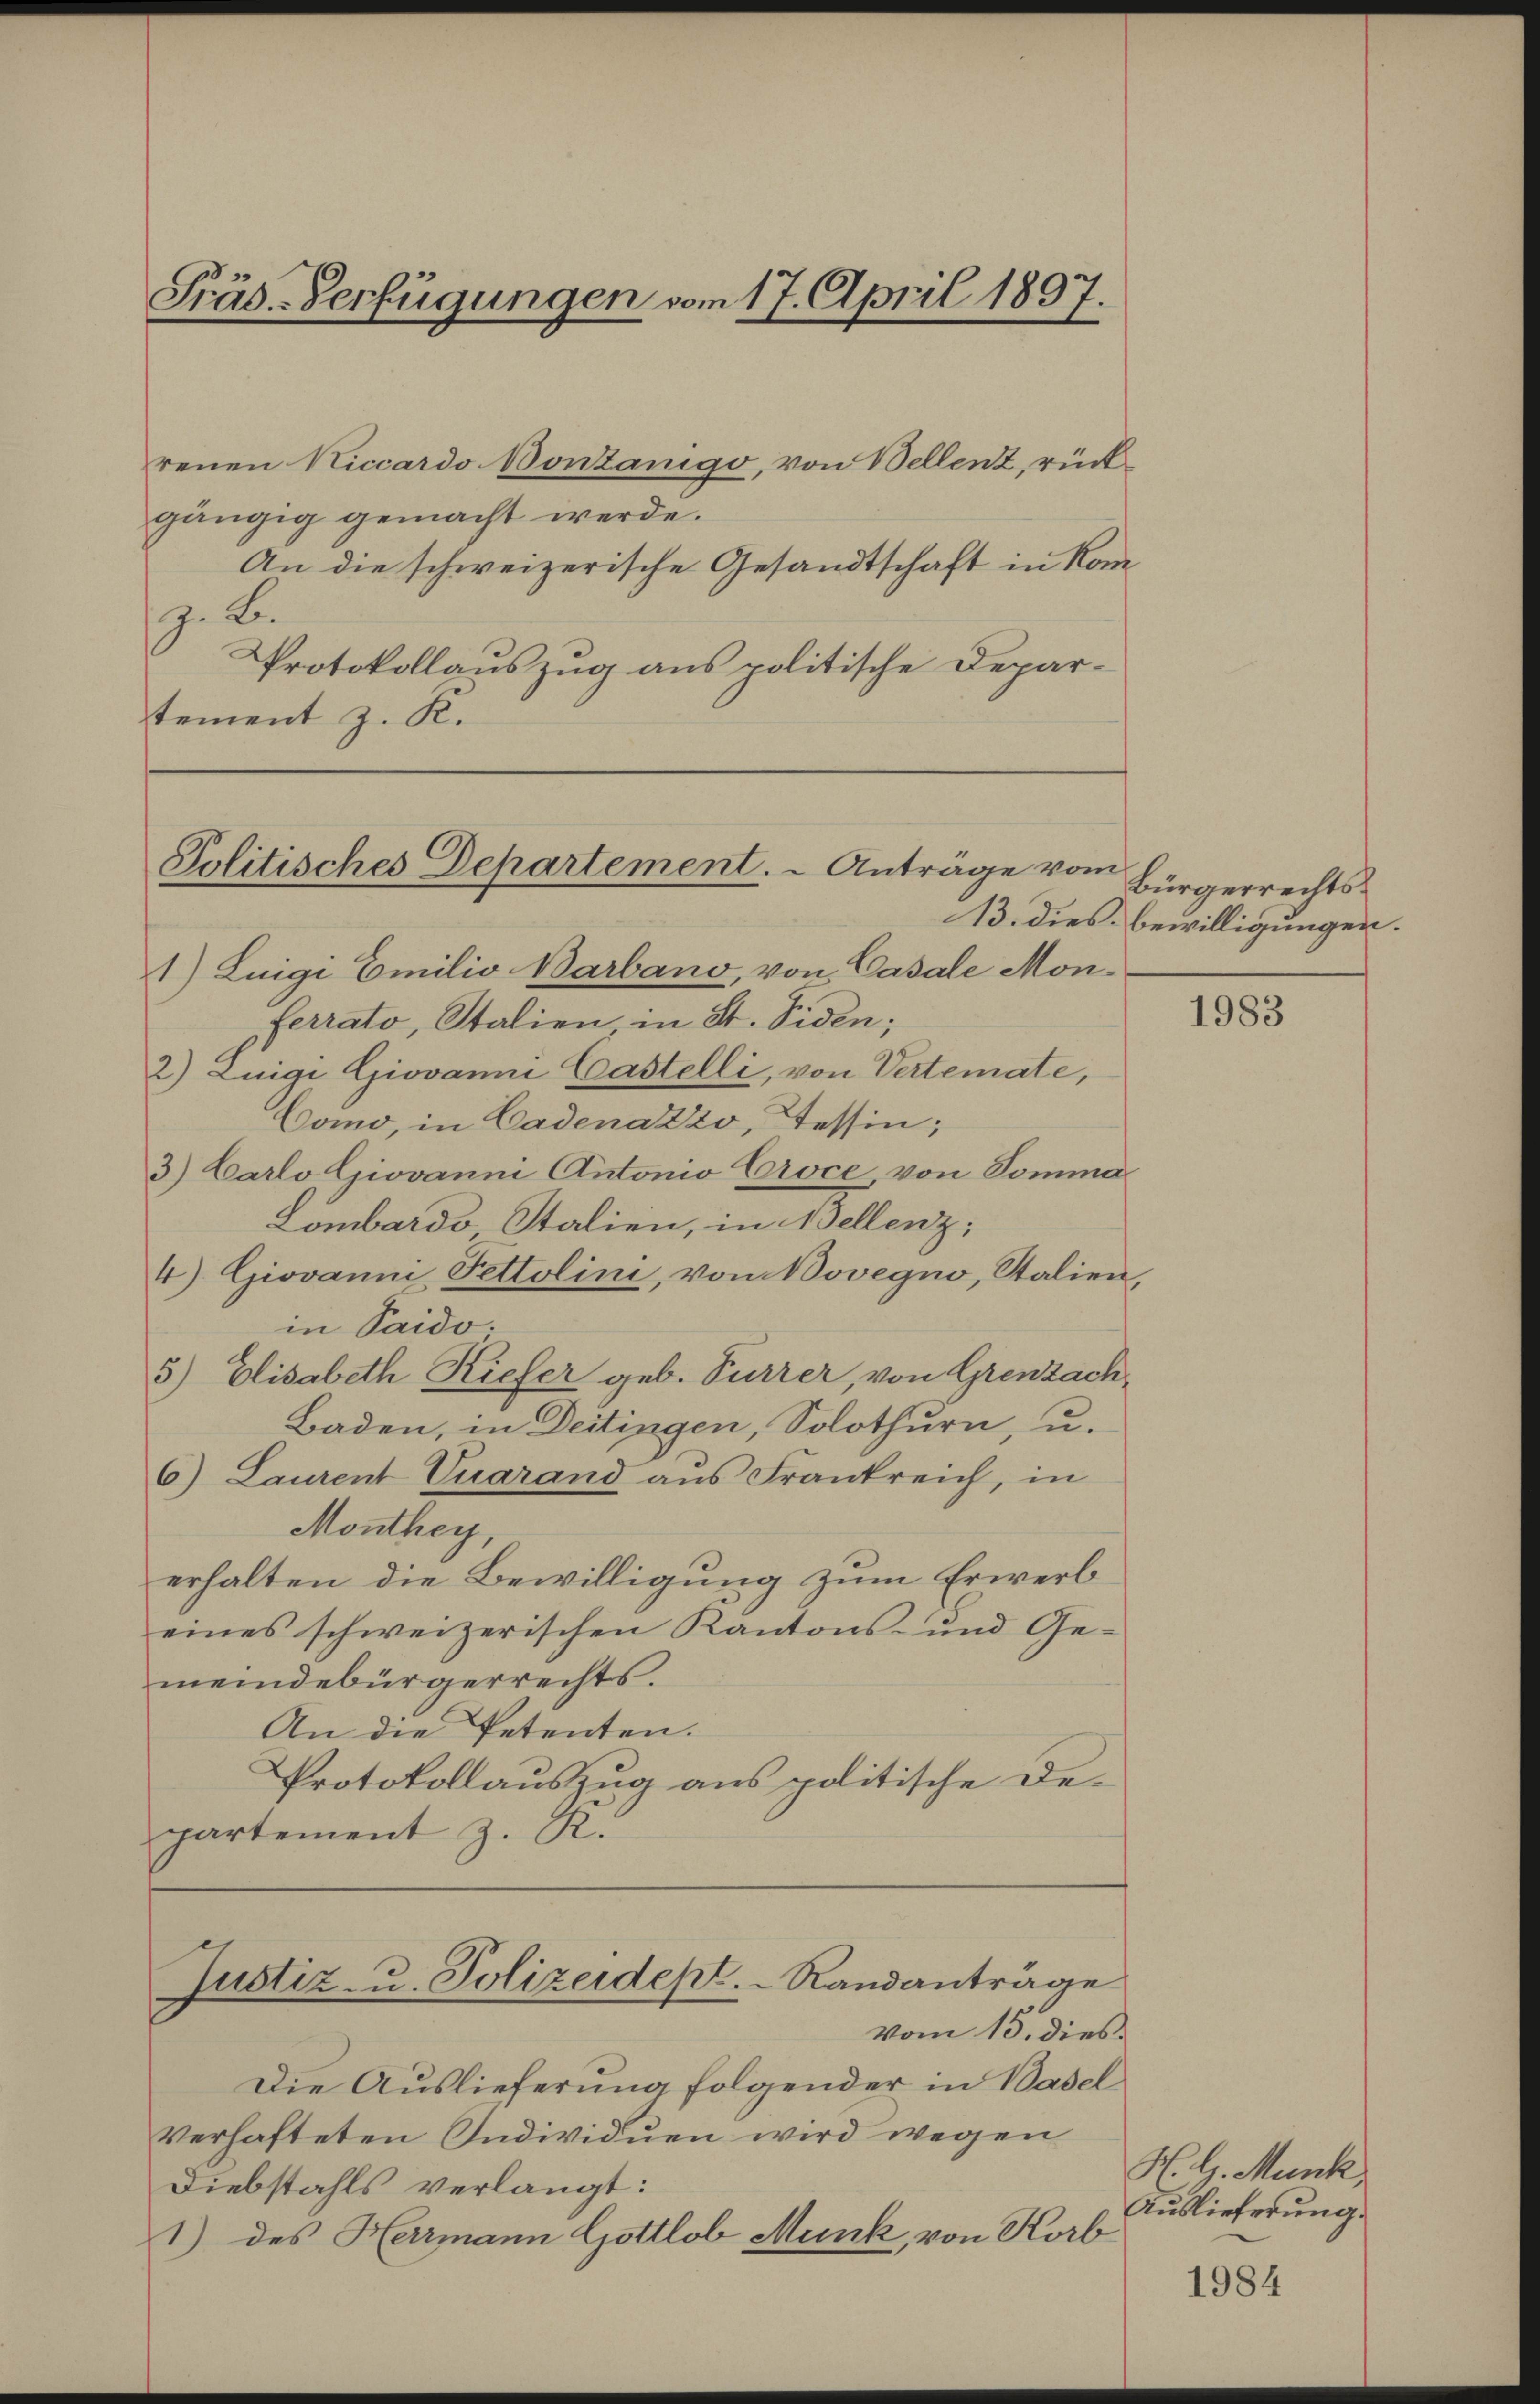
Präs.-Verfügungen vom 17. April 1897.

renen Niccardo Bontanigo, von Bellenz, rückgängig gemacht werde.
An die schweizerische Gesandtschaft in Kom
z. B.
Protokollauszug aus politische Depar-
tement z. K.

Politisches Departement. - Anträge vom

1) Luigi Emilio Barbano, von Casale Monferrato, Stalien in St. Siden;
2) Luigi Giovanne Castelli, von Vertemate,
Como, in Cadenazzo, Tessin;
3.) Carlo Giovanne Antonio Croce von Somma
Lombards Stalien, in Bellenz,
4) Giovanne Fettolini, von Bovegno, Stalien,
in Saido.
5) Elisabeth Kiefer geb. Furrer, von Grenzach
Baden, in Deitingen, Solothurn, u.
6) Laurent Cuarand ans Frankreich, in
Monthey,
erhalten die Bewilligung zum Erwerb
eines schweizerischen Kantons- und Ge-
meindebürgerrechts.
An die Petenten.
Protokollauszug aus politische De-
partement z. K.
Justiz- u. Polizeidept. Randanträge
vom 15. dies
Die Auslieferung folgender in Basel
Verhafteten Individuen wird wegen
Diebstahls verlangt:
1) des Herrmann Gottlob Munk, von Korb

Bürgerrechts¬
13. dies Bewilligungen.

1983

H. G. Munk
Auslieferung.

1984